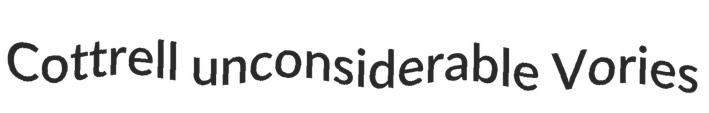
Cottrell unconsiderable Vories